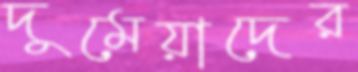
দুমেয়াদের